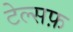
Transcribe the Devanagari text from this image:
टेल्सफ़